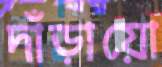
দাঁড়ায়ো